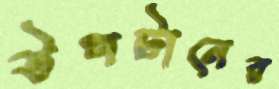
উপটানের